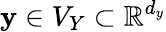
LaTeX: \mathbf{y}\in V_{Y}\subset\mathbb{R}^{d_{y}}